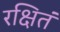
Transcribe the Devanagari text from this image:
रक्षितं